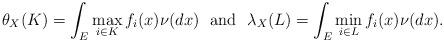
LaTeX: \begin{align*}\theta_X(K) =\int_E \max_{i\in K} f_i(x) \nu(dx) \ \mbox{ and }\ \lambda_X(L) = \int_E \min_{i\in L} f_i(x) \nu(dx).\end{align*}